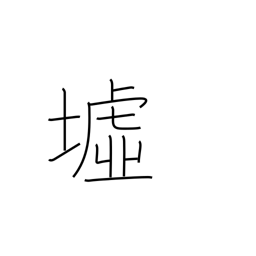
Meaning: ruins